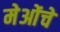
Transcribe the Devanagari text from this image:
मेओंचे